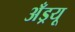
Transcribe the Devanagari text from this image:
अँड्रयू